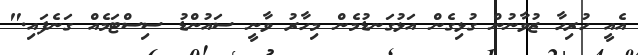
އެއީ ހުރިހާ ޒުވާނުން ގުޅިގެން އަޅުގަނޑުމެން މިހާރު ވާނީ ސައުންޑު ސިސްޓަމެއް ގަނެފައި."